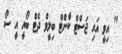
" އިވީ އައި ޖަސްޓް ކާންޓް ބިލީވް ދެޓް ބޯއީ އީ ސޯ